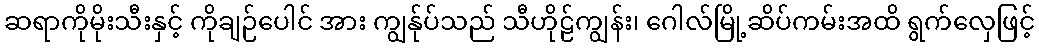
ဆရာကိုမိုးသီးနှင့် ကိုချဉ်ပေါင် အား ကျွန်ုပ်သည် သီဟိုဠ်ကျွန်း၊ ဂေါလ်မြို့ဆိပ်ကမ်းအထိ ရွက်လှေဖြင့်